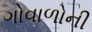
ગોવાળોની